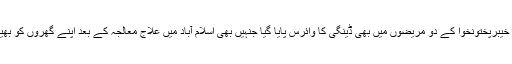
اسی طرح خیبرپختونخوا کے دو مریضوں میں بھی ڈینگی کا وائرس پایا گیا جنہیں بھی اسلام آباد میں علاج معالجہ کے بعد اپنے گھروں کو بھیج دیا گیا ۔